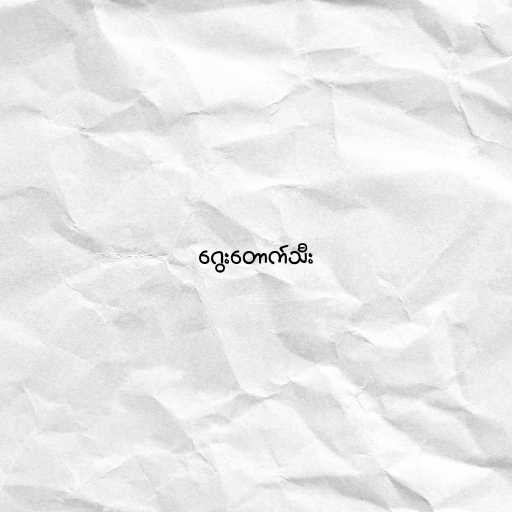
ဂွေးတောက်သီး